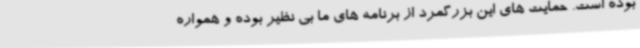
بوده است. حمایت های این بزرگمرد از برنامه های ما بی نظیر بوده و همواره